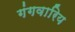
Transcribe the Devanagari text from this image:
गंगवारिय